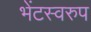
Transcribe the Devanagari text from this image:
भेंटस्‍वरुप